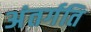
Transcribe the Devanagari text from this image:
अंतर्गति